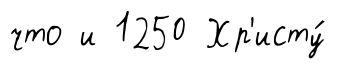
что и 1250 Хр'исту́